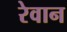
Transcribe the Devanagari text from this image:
रेवान